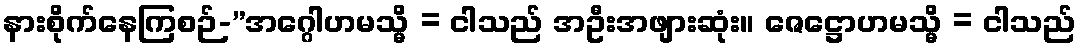
နားစိုက်နေကြစဉ်-”အဂ္ဂေါဟမသ္မိ = ငါသည် အဦးအဖျားဆုံး။ ဇေဋ္ဌောဟမသ္မိ = ငါသည်